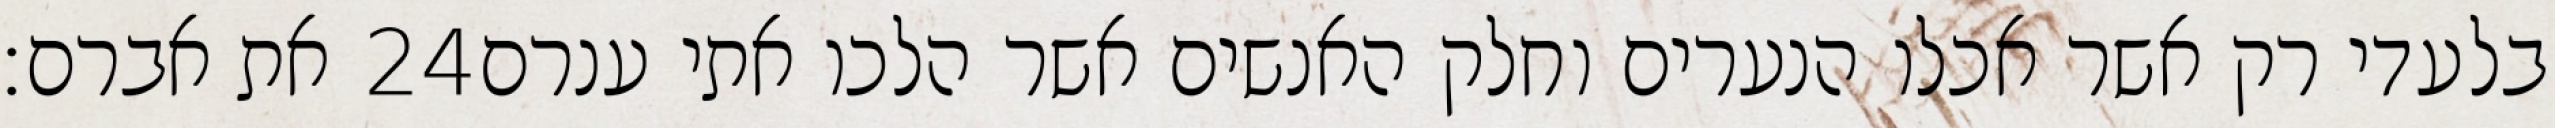
את אברם׃ ‎24‏ בלעדי רק אשר אכלו הנערים וחלק האנשים אשר הלכו אתי ענרם